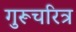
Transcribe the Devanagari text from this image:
गुरूचरित्र